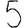
Digit: 5